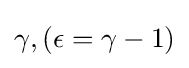
\gamma ,(\epsilon =\gamma -1)